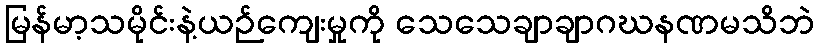
မြန်မာ့သမိုင်းနဲ့ယဉ်ကျေးမှုကို သေသေချာချာဂဃနဏမသိဘဲ